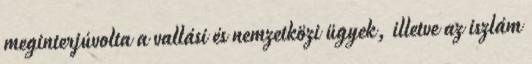
meginterjúvolta a vallási és nemzetközi ügyek, illetve az iszlám